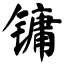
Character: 镛